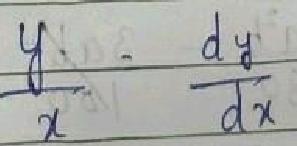
$\frac{y}{x}\quad\frac{dy}{dx}$